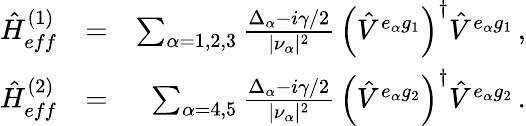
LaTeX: \begin{array}{rlr}{{\hat{H}}_{eff}^{(1)}}&{=}&{\sum_{\alpha=1,2,3}\frac{\Delta_{\alpha}-i\gamma/2}{|\nu_{\alpha}|^{2}}\, \left({\hat{V}}^{e_{\alpha}g_{1}}\right)^{\dagger}{\hat{V}}^{e_{\alpha}g_{1}}\, ,}\\ {{\hat{H}}_{eff}^{(2)}}&{=}&{\sum_{\alpha=4,5}\frac{\Delta_{\alpha}-i\gamma/2}{|\nu_{\alpha}|^{2}}\, \left({\hat{V}}^{e_{\alpha}g_{2}}\right)^{\dagger}{\hat{V}}^{e_{\alpha}g_{2}}\, .}\end{array}